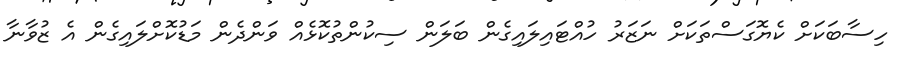
ހިސާބަކަށް ކެޔޮގަސްތަކަށް ނަޒަރު ހުއްޓައިލައިގެން ބަލަން ސިކުންތުކޮޅެއް ވަންދެން މަޑުކޮށްލައިގެން އެ ޒުވާނާ